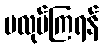
မလုပ်ကြရန်